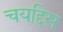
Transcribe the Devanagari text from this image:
चयद्दिस